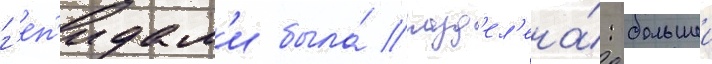
г'еп'идам'и была́ разд'ел'ена́: большеи